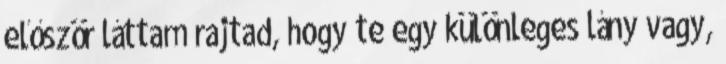
először láttam rajtad, hogy te egy különleges lány vagy,